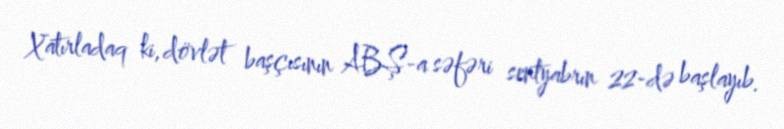
Xatırladaq ki, dövlət başçısının ABŞ-a səfəri sentyabrın 22-də başlayıb.